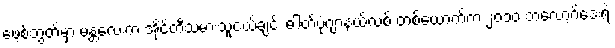
ဖေ့စ်ဘွတ်မှာ မန္တလေးက အိုင်တီသမားသူငယ်ချင်း ဓါတ်ပုံဂျာနယ်လစ် တစ်ယောက်က ၂၀၁၀ ဘလော့ဂ်ဒေးရဲ့